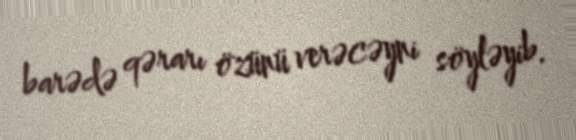
barədə qərarı özünü verəcəyni söyləyib.